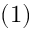
( 1 )